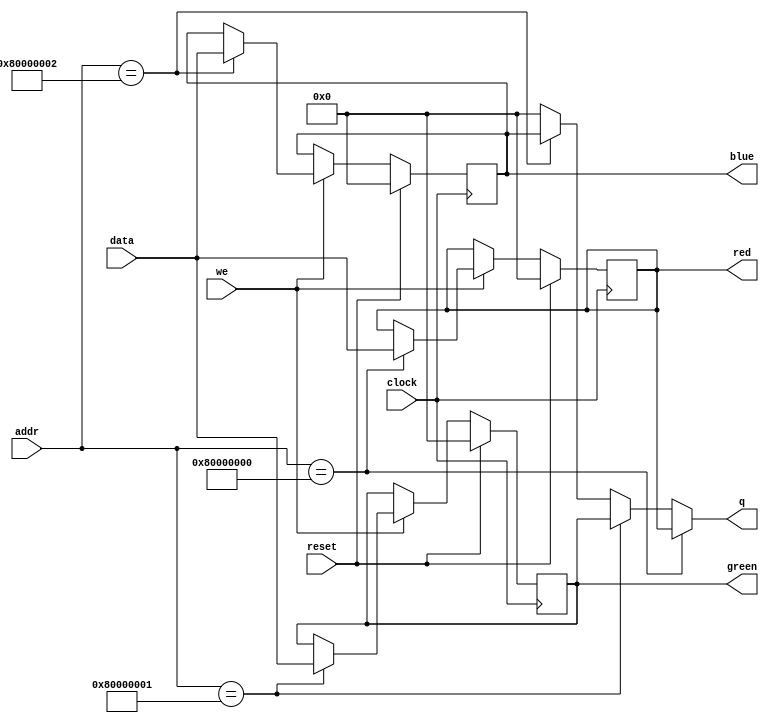
module mm_vga_reg #(
  parameter N = 32,
  parameter R_ADDR = 32'h80000000,
  parameter G_ADDR = 32'h80000001,
  parameter B_ADDR = 32'h80000002
) (
  input clock,
  input reset,

  input we,
  input [N-1:0] data,
  input [N-1:0] addr,

  output [N-1:0] q,
  output reg [N-1:0] red,
  output reg [N-1:0] green,
  output reg [N-1:0] blue
);

assign q = (addr == R_ADDR) ? red
         : (addr == G_ADDR) ? green
         : (addr == B_ADDR) ? blue
         : {N{1'b0}};

always@(posedge clock) begin
  if (reset) begin
    red <= {N{1'b0}};
    green <= {N{1'b0}};
    blue <= {N{1'b0}};
  end else if(we) begin
    red <= (addr == R_ADDR) ? data : red;
    green <= (addr == G_ADDR) ? data : green;
    blue <= (addr == B_ADDR) ? data : blue;
  end else begin
    red <= red;
    green <= green;
    blue <= blue;
  end
end // always

endmodule